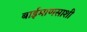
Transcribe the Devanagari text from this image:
बाईमाणसाशी